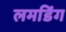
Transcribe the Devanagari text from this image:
लमडिंग